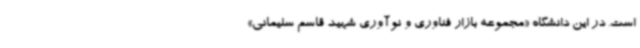
است. در این دانشگاه «مجموعه بازار فناوری و نوآوری شهید قاسم سلیمانی»